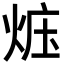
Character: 𪸱